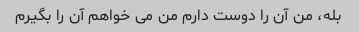
بله، من آن را دوست دارم من می خواهم آن را بگیرم